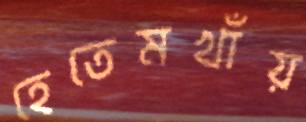
হেতেমখাঁয়